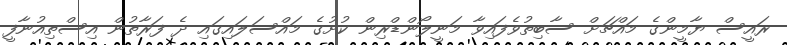
ރައީސް ޔާމީންގެ މައްޗަށް ސާބިތުވެފައިވާ މަނީލޯންޑްރިން ކުށުގެ މައްސަލައިގައި ދެ ފަރާތުން އިސްތިއުނާފީ